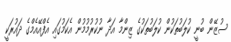
ސުޒޭން ބުނީ ކުލަބުތަކުން ކުލަބުތަކުގެ ޒިންމާ އަދާ ނުކުރުމުމުން އެކަމުގައި އެފްއޭއެމްގެ ދައުރަކީ